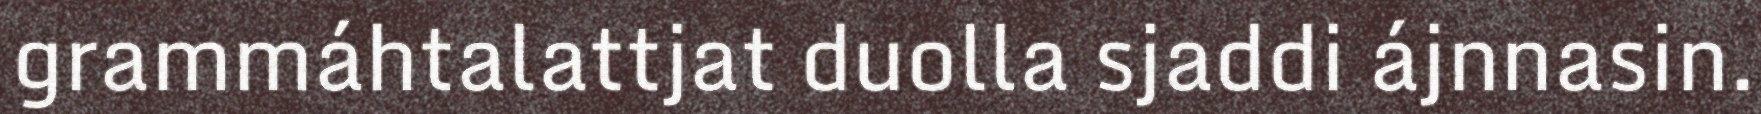
grammáhtalattjat duolla sjaddi ájnnasin.